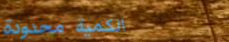
الكمية محدودة